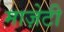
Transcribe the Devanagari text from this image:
माज़ेटी